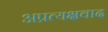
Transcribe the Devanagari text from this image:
अप्रत्यक्षवाद